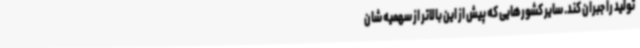
تولید را جبران کند. سایر کشورهایی که پیش از این بالاتر از سهمیه شان